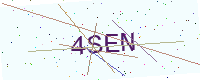
Text: 4SEN